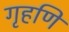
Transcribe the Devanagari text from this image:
गृहणि